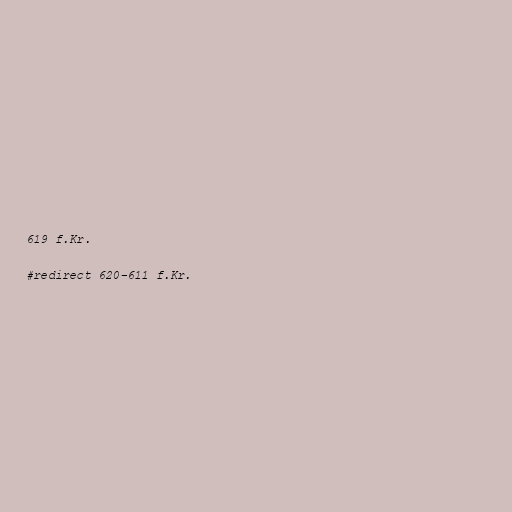
619 f.Kr.

#redirect 620–611 f.Kr.